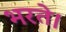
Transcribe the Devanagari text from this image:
भरते।